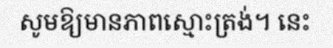
សូមឱ្យមានភាពស្មោះត្រង់។ នេះ